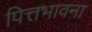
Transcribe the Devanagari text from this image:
पित्तभावना